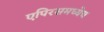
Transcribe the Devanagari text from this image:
एपिरसमध्येच